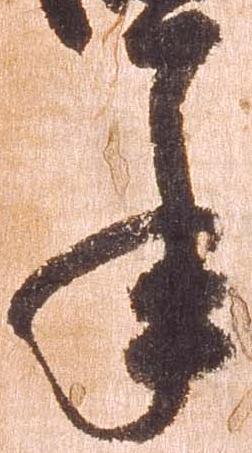
年